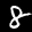
Label: 8